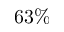
6 3 \%